Vital statistics of India. Vol. IV, Annual returns from 1871 to 1876. British Army of India, Native Army and jails of Bengal
Year: 1871
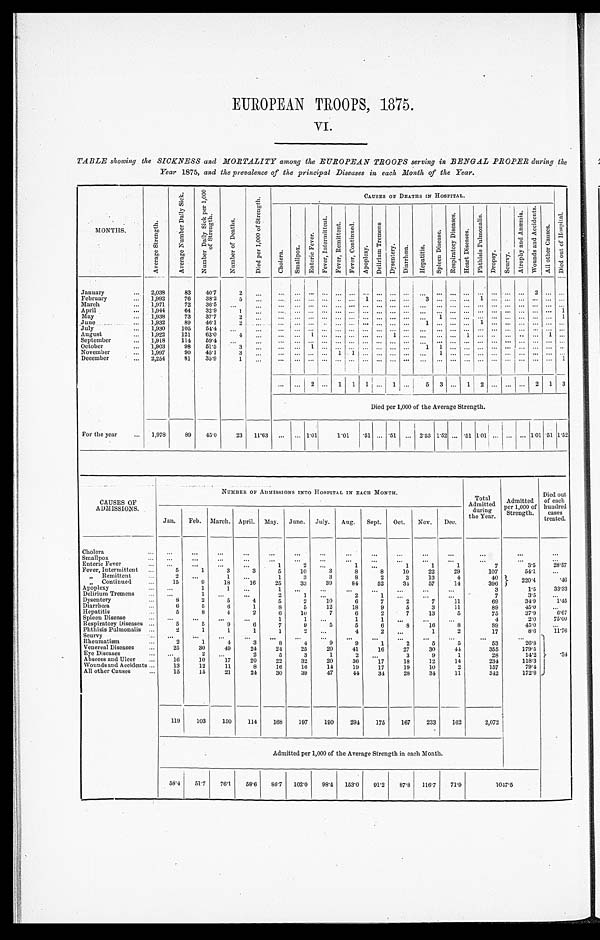
EUROPEAN TROOPS, 1875.
VI.
TABLE showing the SICKNESS and MORTALITY among the EUROPEAN TROOPS serving in BENGAL PROPER during the
Year 1875, and the prevalence of the principal Diseases in each Month of the Year.
MONTHS.
A v e r a g e S t r e n g t h .
A v e r a g e N u m b e r D a i l y S i c k .
N u m b e r D a i l y S i c k p e r 1 , 0 0 0
o f S t r e n g t h .
N u m b e r o f D e a t h s .
D i e d p e r 1 , 0 0 0 o f S t r e n g t h .
CAUSES OF DEATHS IN HOSPITAL.
D i e d o u t o f H o s p i t a l .
C h o l e r a .
S m a l l p o x .
E n t e r i c F e v e r .
F e v e r , I n t e r m i t t e n t . F e v e r , R e m i t t e n t . F e v e r , C o n t i n u e d .
A p o p l e x y .
D e l i r i u m T r e m e n s .
D y s e n t e r y . D i a r r h œ a . H e p a t i t i s i s .
S p l e e n D i s e a s e s .
R e s p i r a t o r y D i s e a s e s .
H e a r t D i s e a s e s .
P h t h i s i s P u l m o n a l i s i s .
Dr o p s y . S c u r v y .
A t r o p h y a n d A n æ m i a .
W o u n d s a n d A c c i d e n t s .
A l l o t h e r C a u s e s .
January
2,038 83 40.7
2
2
February
1,992 76 38.2
5
1
3
1
March
1,971 72 36.5
April
1,944 64 32.9
1
1
May
1,938 73 37.7
2
1
1
June
1,932 89 46.1
2
1
1
July
1,930 105 54.4
August
1,922 121 63.0 4
1
1
1
1
September
1,918 114 59.4
October
1,903 98 51.5 3
1
1 1
November
1,997 90 45.1 3
1 1
1
December
2,254 81 35.9
1
1
2
1 1
1 1
5 3
1 2
2 1 3
Died per 1,000 of the Average Strength.
For the year
1,978 89 45.0 23 11.63
1.01 1.01 . 51 .51
2.53 1. 52
. 5 1
1 . 0 1
1.01.51 1.52
CAUSES OF
ADMISSIONS.
NUMBER OF ADMISSIONS INTO HOSPITAL IN EACH MONTH.
Total
Admitted during
the Year.
Admitted
per 1,000 of
Strength.
Died out
of each
hundred cases
treated.
Jan. Feb. March. April. May. June. July. Aug. Sept. Oct. Nov. Dec.
Cholera
Smallpox Enteric Fever
1
2
1
1
1
1
7
3.5 2 8 . 5 7
Fever, Intermittent
5
1
3
3
5 10
3
8
8 10 22 29
107
54.1
„ R e m i t t e n t
2
1
1
3
3
8
2
3 13
4
40
2 2 0 . 4
. 4 6
„ Continued
15
9 18 16 25 33 39 84 52 34 57 14
396
Apoplexy
1
1
1
3
1.5 33. 33
Delirium Tremens
1
2
1
2 1
7
3.5
Dysentery
8
2
5
4
5
2 10
6
7
2
7 11
69
34.9 1.45
Diarrhœa
6
5
6
1
8
5 12 18
9
5
3 11
89
45.0
Hepatitis
5
8
4
2
6 l0 7
6
2
7 13
5
75
37.9 6. 67
Spleen Disease
1
1
1
1
4
2.0 75. 00
Respiratory Diseases
5
5
9
6 7
9 5
5
6
8 1 6
8
89
45.0
Phthisis Pulmonalis
2
1
1
1
1
2
4
2
1
2
17
8.6 11. 76
Scurvy
.34
Rheumatism
2
1
4
3
8
4
9
9
1
2
5
5
53
26.8
Venereal Diseases
25 30 49 24
2 4
2 5
2 0
4 1
1 6
2 7
3 0
4 4
3 5 5
1 7 9 . 5
Eye Di seases
2
2
5 3
1
2
3
9
1
28
14.2
Abscess and Ulcer
16 10 17 20 22 32 20 36 17 18 12 14
234
118.3
Wounds and Acci dents
13 12 11
8 16 16 14 19 17 19 10
2
157
79.4
All other Causes
15 15 21 24 30 39 47 44 34 28 34 11
342
172.9
119 103 150 114 168 197 190 294 175 167 233 162
2,072
Admitted per 1,000 of the Average Strength in each Month.
58.4 51.7 76.1 58.6 86.7 102.0 98.4 153.0 91.2 87.8 116.7 71.9
1 0 4 7 . 5